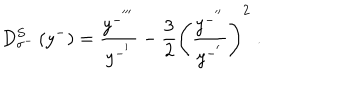
D _ { \sigma ^ { - } } ^ { S } \left( y ^ { - } \right) = \frac { y ^ { - ^ { ' ^ { \prime \prime } } } } { y ^ { - ^ { ' } } } - { \frac { 3 } { 2 } } { \left( \frac { y ^ { - ^ { ' ^ { \prime } } } } { y ^ { - ^ { ' } } } \right) } ^ { 2 } \; .